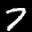
Label: 7